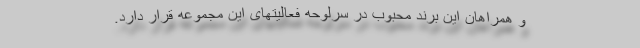
و همراهان این برند محبوب در سرلوحه فعالیتهای این مجموعه قرار دارد.